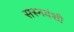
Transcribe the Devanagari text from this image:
सस्नवंशी